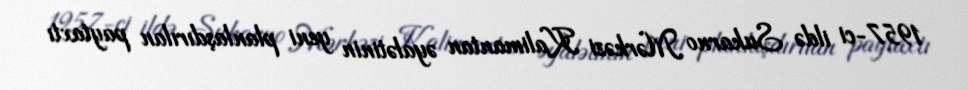
1957-ci ildə Sukarno Mərkəzi Kalimantan əyalətinin yeni planlaşdırılan paytaxtı